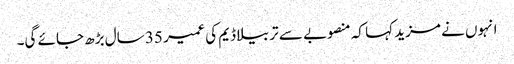
انہوں نے مزید کہا کہ منصوبے سے تربیلا ڈیم کی عمیر 35 سال بڑھ جائے گی۔